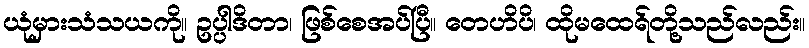
ယုံမှားသံသယကို။ ဥပ္ပါဒိတာ၊ ဖြစ်စေအပ်ပြီ။ တေဟိပိ၊ ထိုမထေရ်တို့သည်လည်း။